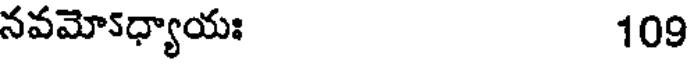
నవమో5ధ్యాయః 109